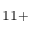
^ { 1 1 + }